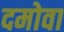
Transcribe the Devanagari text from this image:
दमोवा